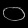
Digit: ၀